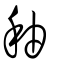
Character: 秞